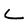
Character: L